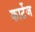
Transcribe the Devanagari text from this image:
कार्टेज